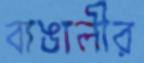
বাঙালীর